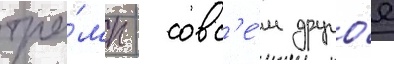
тра́мп - совс'е́м друго́е